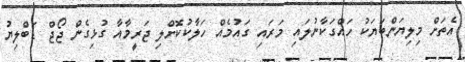
އެތަށް މިލިޔަންބަޔަކު ހައްގަކާނުލައި މަރައި ގައުމެއް ހަލާކުކޮށްލި ޖަރީމާއާ ގުޅިގެން ޖޯޖް ޑަބްލިޔު